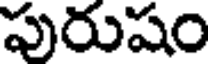
పురుషం